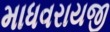
માધવરાયજી